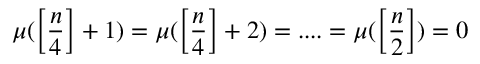
\mu ( \left[ \frac { n } { 4 } \right] + 1 ) = \mu ( \left[ \frac { n } { 4 } \right] + 2 ) = . . . . = \mu ( \left[ \frac { n } { 2 } \right] ) = 0